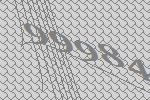
99984